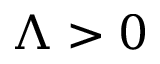
\Lambda > 0